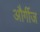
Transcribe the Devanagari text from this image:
और्गीज